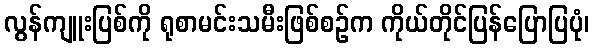
လွန်ကျူးပြစ်ကို ရုစာမင်းသမီးဖြစ်စဉ်က ကိုယ်တိုင်ပြန်ပြောပြပုံ၊